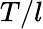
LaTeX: T/l